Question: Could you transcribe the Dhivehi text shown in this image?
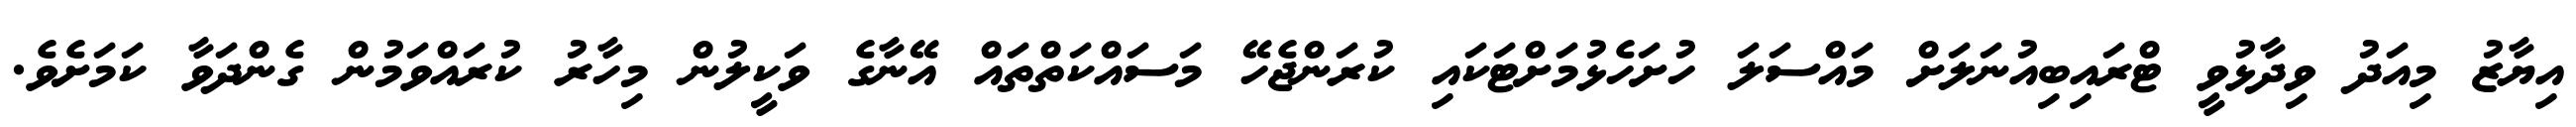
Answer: އިޔާޒު މިއަދު ވިދާޅުވީ ޓްރައިބިއުނަލަށް މައްސަލަ ހުށަހެޅުމަށްޓަކައި ކުރަންޖެހޭ މަސައްކަތްތައް އޭނާގެ ވަކީލުން މިހާރު ކުރައްވަމުން ގެންދަވާ ކަމަށެވެ.